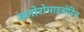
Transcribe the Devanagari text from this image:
क्लोरोमाइसेटिन